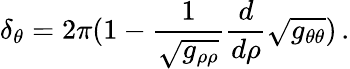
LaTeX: \delta_{\theta}=2\pi(1-\frac{1}{\sqrt{g_{\rho\rho}}}\frac{d}{d\rho}\sqrt{g_{\theta\theta}})\, .